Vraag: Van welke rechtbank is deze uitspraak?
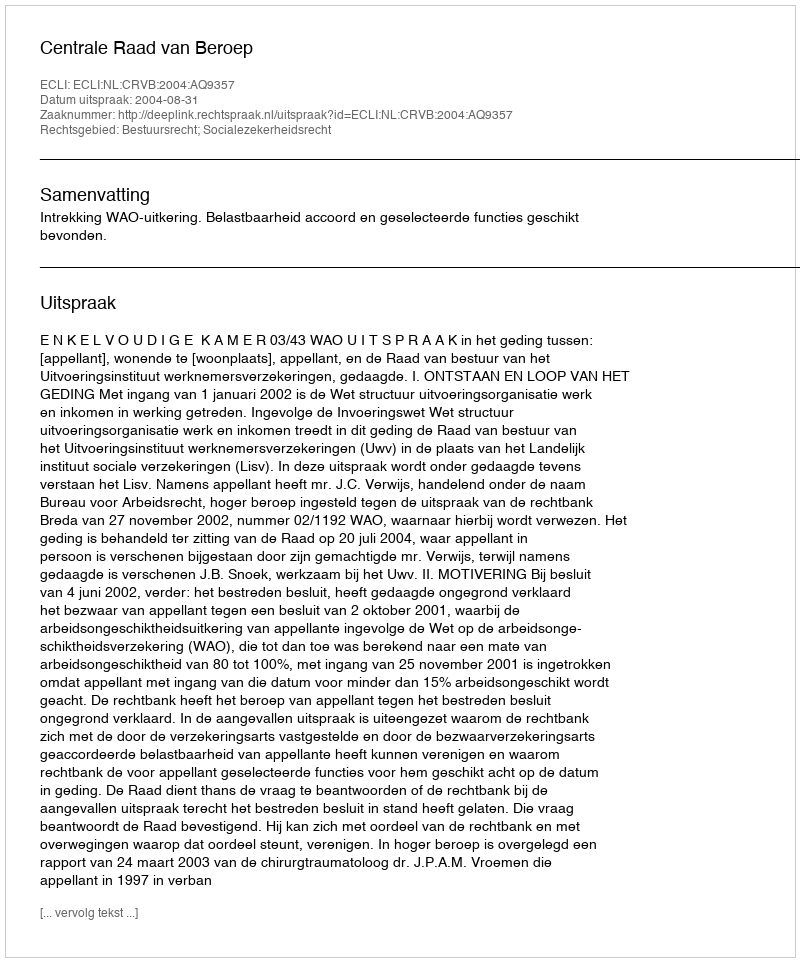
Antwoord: Centrale Raad van Beroep